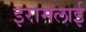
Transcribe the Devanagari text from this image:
इरामलाई